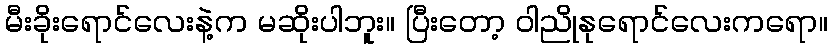
မီးခိုးရောင်လေးနဲ့က မဆိုးပါဘူး။ ပြီးတော့ ဝါညိုနုရောင်လေးကရော။